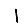
Digit: 1